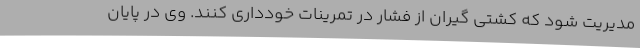
مدیریت شود که کشتی گیران از فشار در تمرینات خودداری کنند. وی در پایان